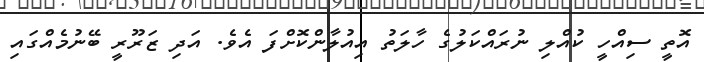
އޮތީ ސިއްހީ ކުއްލި ނުރައްކަލުގެ ހާލަތު އިއުލާންކޮށްފަ އެވެ. އަދި ޒަރޫރީ ބޭނުމެއްގައި